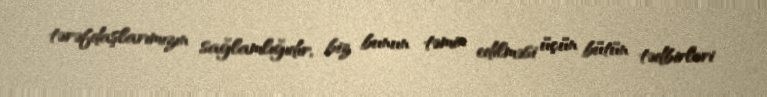
tərəfdaşlarımızın sağlamlığıdır, biz bunun təmin edilməsi üçün bütün tədbirləri